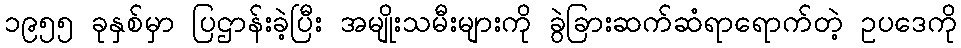
၁၉၅၅ ခုနှစ်မှာ ပြဌာန်းခဲ့ပြီး အမျိုးသမီးများကို ခွဲခြားဆက်ဆံရာရောက်တဲ့ ဥပဒေကို